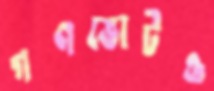
গণভোটও